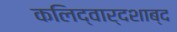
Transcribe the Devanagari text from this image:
कलिद्वार्दशाब्द